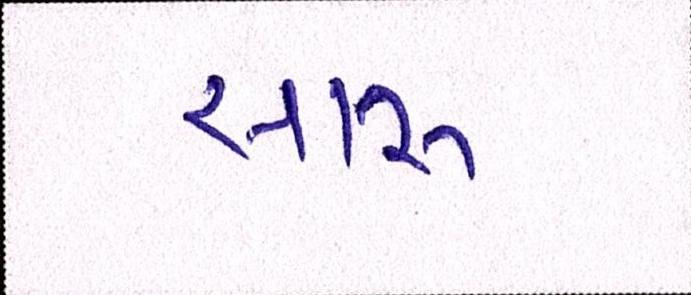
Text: સારુ